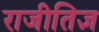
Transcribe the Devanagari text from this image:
राजीतिज्ञ